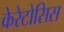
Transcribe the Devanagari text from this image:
केरेटोसिस